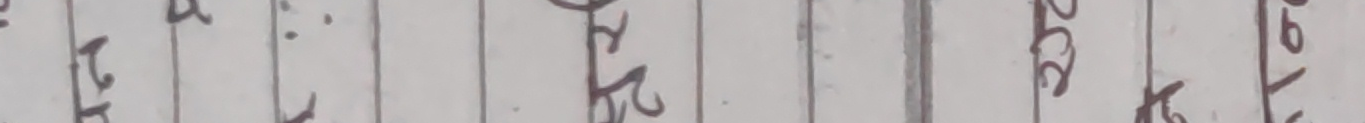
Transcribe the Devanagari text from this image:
कृ ल प ट स ढ द घ ङ ग ख